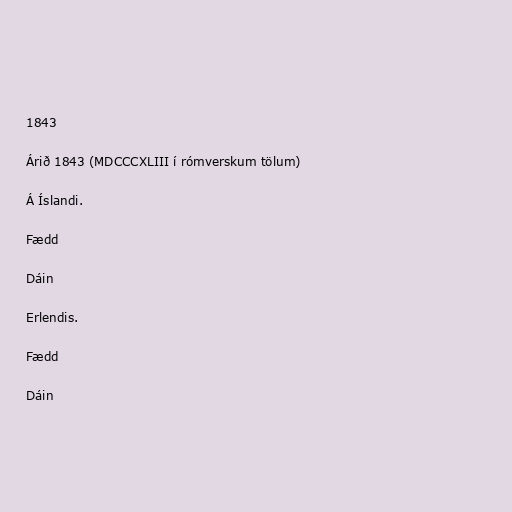
1843

Árið 1843 (MDCCCXLIII í rómverskum tölum)

Á Íslandi.

Fædd

Dáin

Erlendis.

Fædd

Dáin